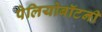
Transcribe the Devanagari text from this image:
पेलियोबॉटनी